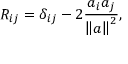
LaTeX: R _ { i j } = \delta _ { i j } - 2 { \frac { a _ { i } a _ { j } } { \left\| a \right\| ^ { 2 } } } ,